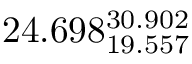
2 4 . 6 9 8 _ { 1 9 . 5 5 7 } ^ { 3 0 . 9 0 2 }